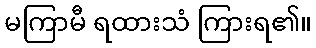
မကြာမီ ရထားသံ ကြားရ၏။